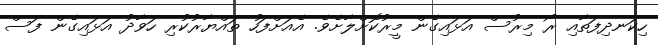
ހިކަނދިފަތާއި ރޯ މިރުސް އަޅައިގެން މީރުކޮށްލާށެވެ. އެއަށްފަހު ތައްޔާރުކުރި ހަވާދު އަޅައިގެން ފަސް